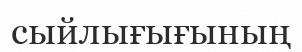
сыйлығығының